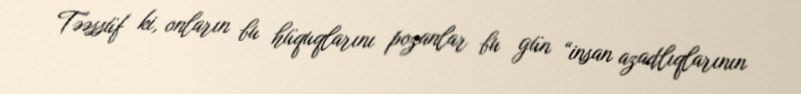
Təəssüf ki, onların bu hüquqlarını pozanlar bu gün “insan azadlıqlarının